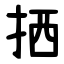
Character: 拪